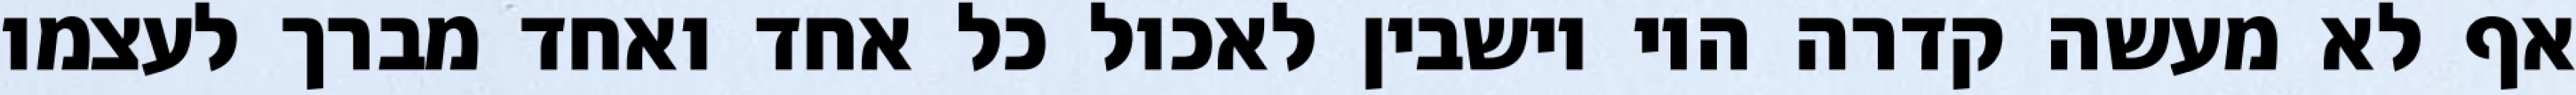
אף לא מעשה קדרה היו יושבין לאכול כל אחד ואחד מברך לעצמו